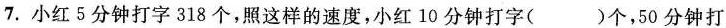
7.小红5分钟打字318个，照这样的速度，小红10分钟打字()个，50分钟打